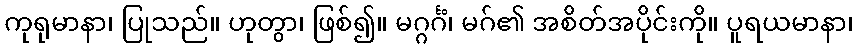
ကုရုမာနာ၊ ပြုသည်။ ဟုတွာ၊ ဖြစ်၍။ မဂ္ဂင်္ဂံ၊ မဂ်၏ အစိတ်အပိုင်းကို။ ပူရယမာနာ၊